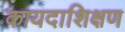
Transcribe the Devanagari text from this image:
कायदाशिक्षण